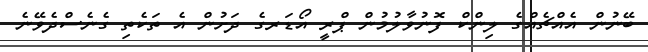
ބޭނުން އެއްޗެއްގެ ލިންކް ފޮނުވާލުމުން ޕްރީ އޯޑަރގެ ދަށުން އެ ތަކެތި ގެނެސްދެވޭނެ